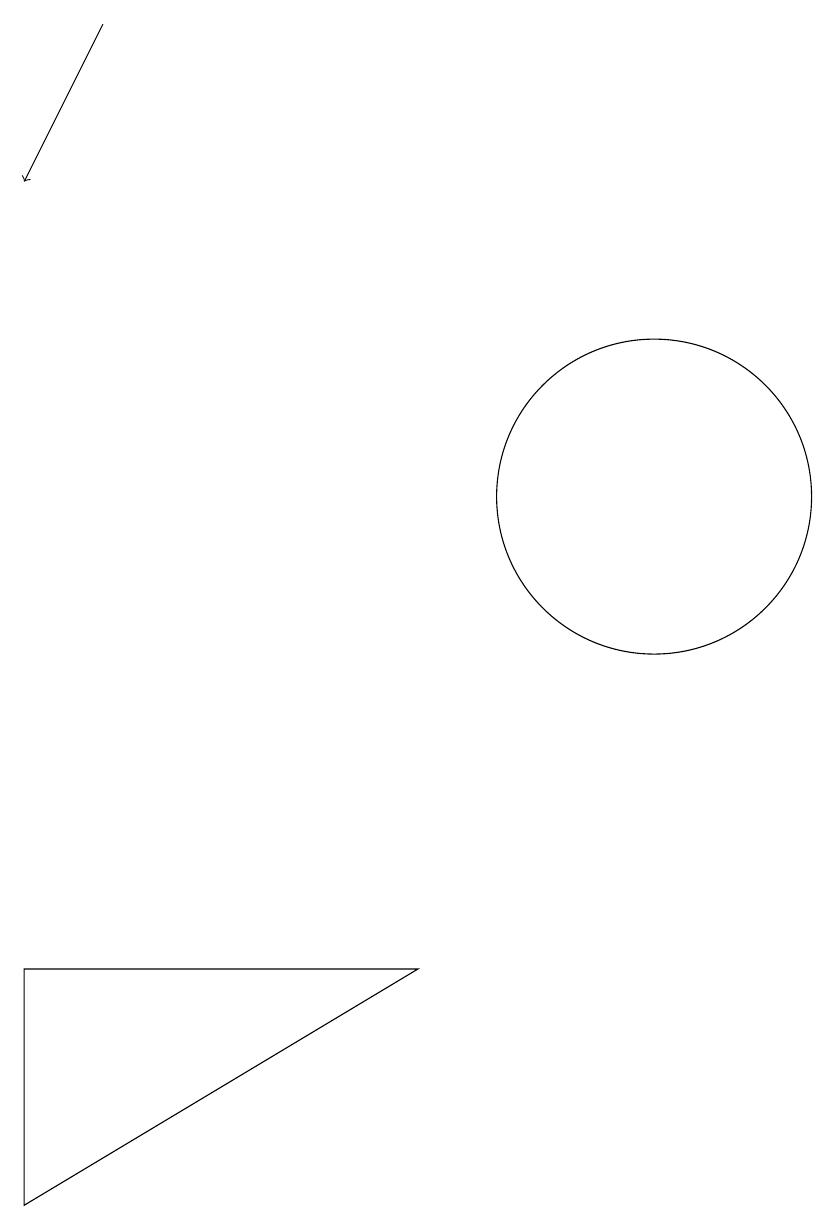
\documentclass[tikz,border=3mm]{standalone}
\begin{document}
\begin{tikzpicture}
\draw (2,6) -- (2,3) -- (7,6) -- cycle;
\draw (10,12) circle (2);
\draw[->] (3,18) -- (2,16);
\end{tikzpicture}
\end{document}